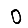
Digit: 0